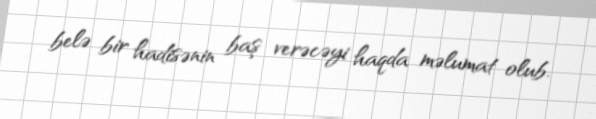
belə bir hadisənin baş verəcəyi haqda məlumat olub.